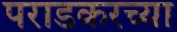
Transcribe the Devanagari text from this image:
पराडकरच्या